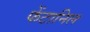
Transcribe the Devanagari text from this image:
फेंटानिल